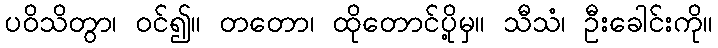
ပဝိသိတွာ၊ ဝင်၍။ တတော၊ ထိုတောင်ပို့မှ။ သီသံ၊ ဦးခေါင်းကို။